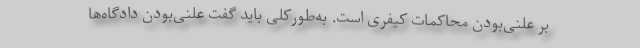
بر علنی‌بودن محاکمات کیفری است. به‌طورکلی باید گفت علنی‌بودن دادگاه‌ها